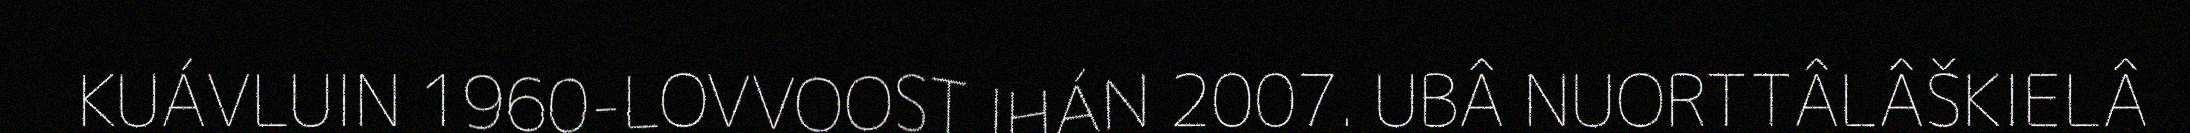
KUÁVLUIN 1960-LOVVOOST IHÁN 2007. UBÂ NUORTTÂLÂŠKIELÂ